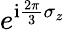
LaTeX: e^{\mathrm{i}\frac{2\pi}{3}\sigma_{z}}